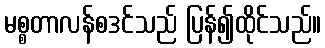
မစ္စတာလန်စဒင်သည် ပြန်၍ထိုင်သည်။